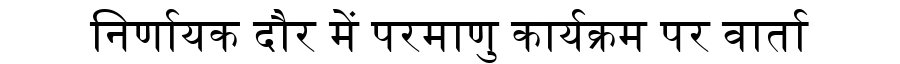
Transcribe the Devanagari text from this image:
निर्णायक दौर में परमाणु कार्यक्रम पर वार्ता